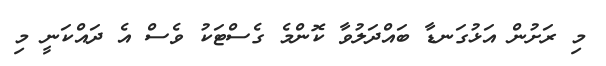
މި ރަށުން އަޅުގަނޑާ ބައްދަލުވާ ކޮންމެ ގެސްޓަކު ވެސް އެ ދައްކަނީ މި